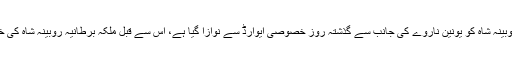
تفصیلات کے مطابق برطانیہ کے شہر مانچسٹر میں مقیم پاکستانی نژاد ڈاکٹر روبینہ شاہ کو یونین ناروے کی جانب سے گذشتہ روز خصوصی ایوارڈ سے نوازا گیا ہے، اس سے قبل ملکہ برطانیہ روبینہ شاہ کی خدمات کا اعتراف کرتے ہوئے انہیں ہائی شیرف کے عہدے پر فائز کرچکی ہیں۔